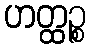
ဟတ္ထဉ္စ